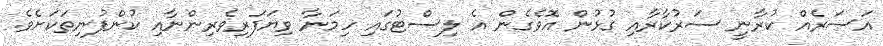
އަސަރެއް ކުރާނީ ސަރުކާރާއި ގުޅުން އޮވެގެން އެ ލިސްޓުގައި ހިމަނާ ވިޔަފަރިވެރިންނާއި ކުންފުނިތަކަށެވެ.